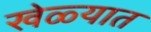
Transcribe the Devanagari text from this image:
खेळ्यात